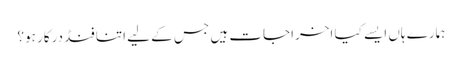
ہمارے ہاں ایسے کیا اخراجات ہیں جس کے لیے اتنا فنڈ درکار ہو؟